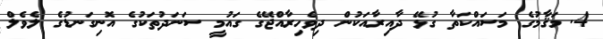
4. މަޤާމުގެ މަސައްކަތާ ގުޅޭ ދާއިރާއަކުން ދިވެހިރާއްޖޭގެ ގައުމީ ސަނަދުތަކުގެ އޮނިގަނޑުގެ ލެވެލް